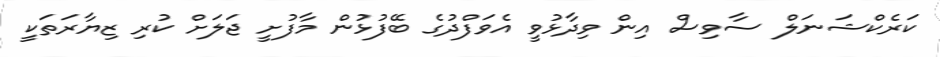
ކަރެކްޝަނަލް ސާވިސް އިން ވިދާޅުވީ އެވަފްދުގެ ބޭފުޅުން މާފުށީ ޖަލަށް ކުރި ޒިޔާރަތަކީ